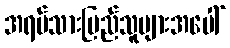
အရပ်သားပြည်သူများအပေါ်